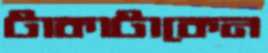
টাকাটাকেন